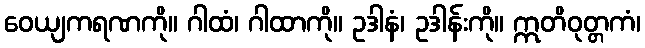
ဝေယျကရဏကို။ ဂါထံ၊ ဂါထာကို။ ဥဒါနံ၊ ဥဒါန်းကို။ ဣတိဝုတ္တကံ၊